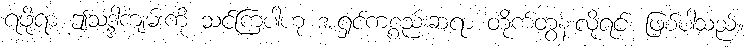
ရဖို့ရာ ဤသဒ္ဒါကျမ်းကို သင်ကြပါဟု အရှင်ကစ္စည်းဆရာ တိုက်တွန်းလိုရင်း ဖြစ်ပါသည်။